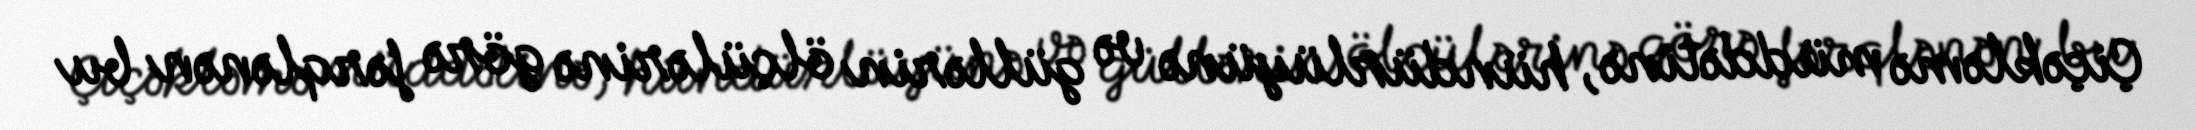
Çiçəkləmə müddətinə, hündürlüyünə və güllərin ölçülərinə görə fərqlənən bu